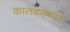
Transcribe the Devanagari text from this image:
कालकाबाड़ा।